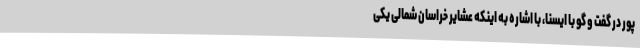
پور در گفت و گو با ایسنا، با اشاره به اینکه عشایر خراسان شمالی یکی